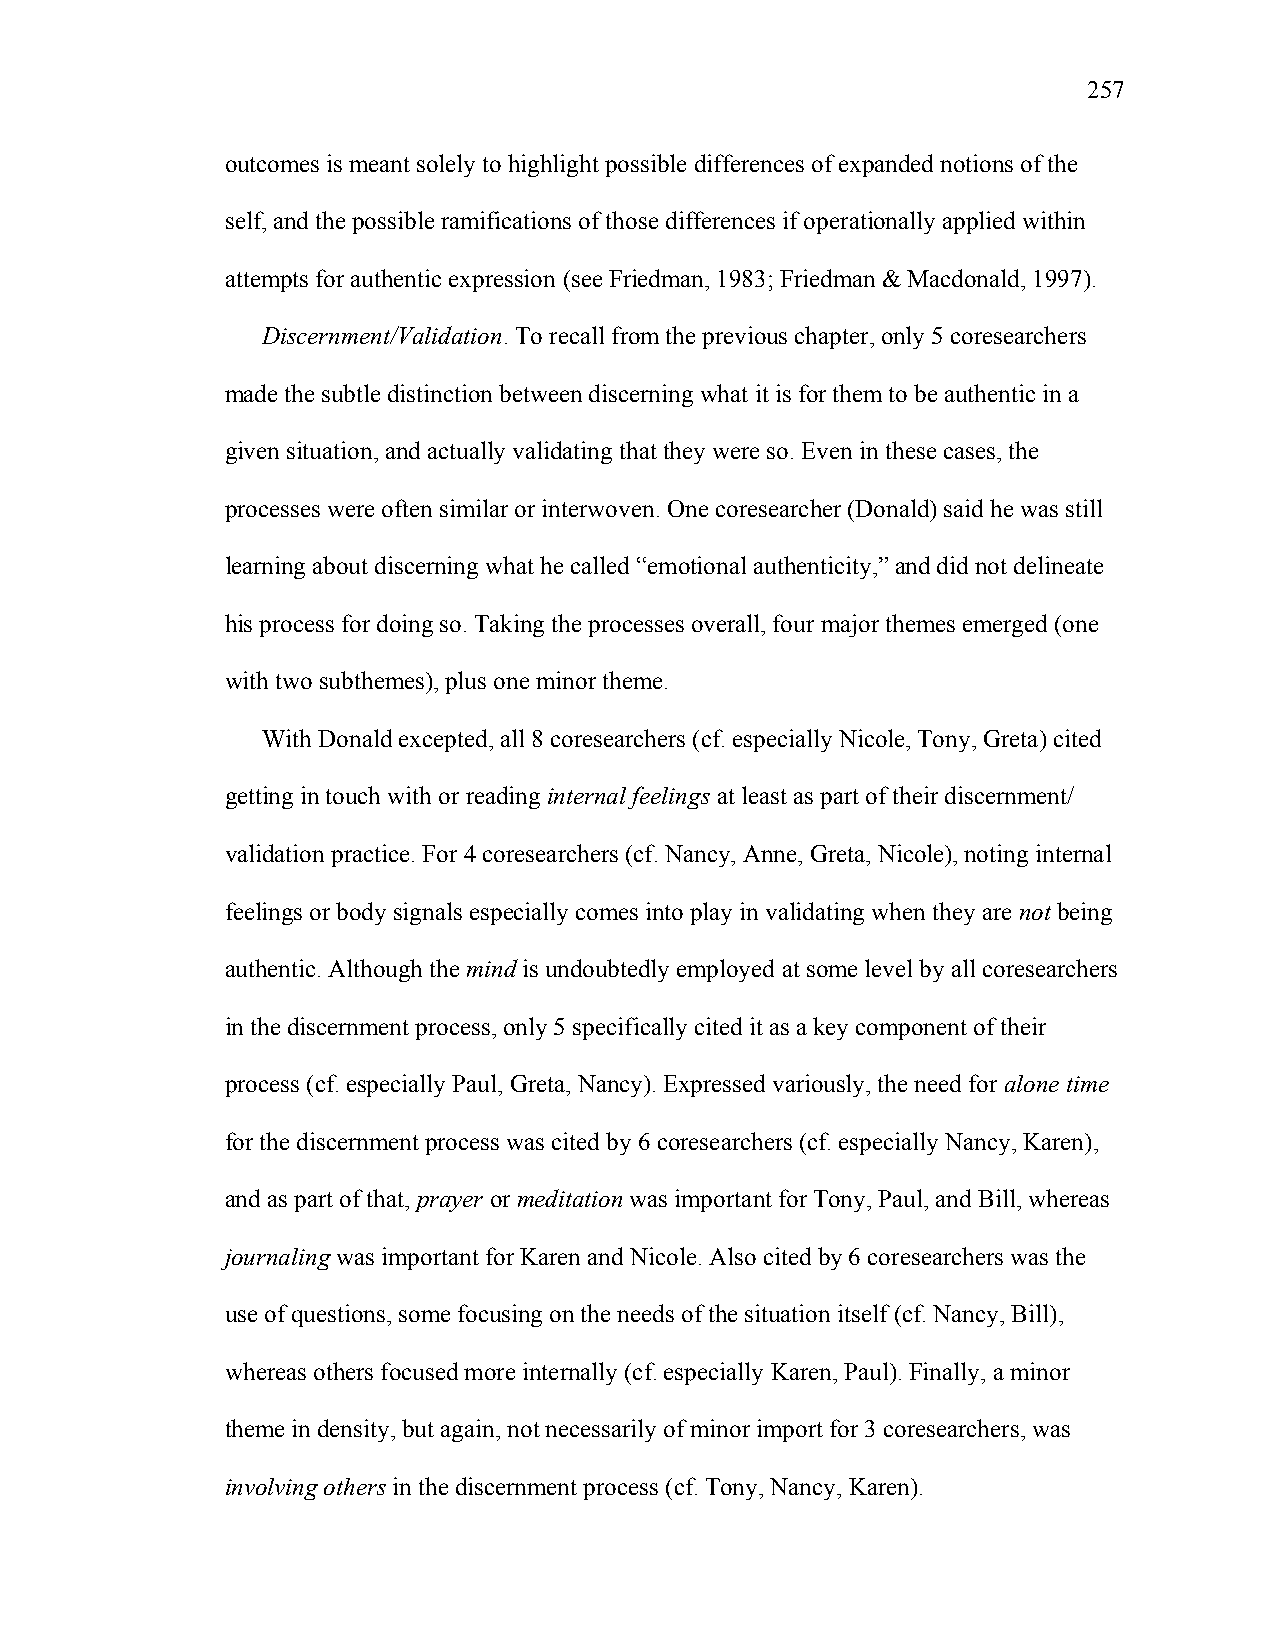
257
 outcomes is meant solely to highlight possible differences of expanded notions of the
 self, and the possible ramifications of those differences if operationally applied within
 attempts for authentic expression (see Friedman, 1983; Friedman & Macdonald, 1997).
 Discernment/Validation. To recall from the previous chapter, only 5 coresearchers
 made the subtle distinction between discerning what it is for them to be authentic in a
 given situation, and actually validating that they were so. Even in these cases, the
 processes were often similar or interwoven. One coresearcher (Donald) said he was still
 learning about discerning what he called “emotional authenticity,” and did not delineate
 his process for doing so. Taking the processes overall, four major themes emerged (one
 with two subthemes), plus one minor theme.
 With Donald excepted, all 8 coresearchers (cf. especially Nicole, Tony, Greta) cited
 getting in touch with or reading internal feelings at least as part of their discernment/
 validation practice. For 4 coresearchers (cf. Nancy, Anne, Greta, Nicole), noting internal
 feelings or body signals especially comes into play in validating when they are not being
 authentic. Although the mind is undoubtedly employed at some level by all coresearchers
 in the discernment process, only 5 specifically cited it as a key component of their
 process (cf. especially Paul, Greta, Nancy). Expressed variously, the need for alone time
 for the discernment process was cited by 6 coresearchers (cf. especially Nancy, Karen),
 and as part of that, prayer or meditation was important for Tony, Paul, and Bill, whereas
 journaling was important for Karen and Nicole. Also cited by 6 coresearchers was the
 use of questions, some focusing on the needs of the situation itself (cf. Nancy, Bill),
 whereas others focused more internally (cf. especially Karen, Paul). Finally, a minor
 theme in density, but again, not necessarily of minor import for 3 coresearchers, was
 involving others in the discernment process (cf. Tony, Nancy, Karen).